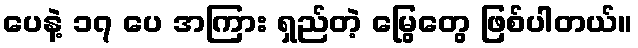
ပေနဲ့ ၁၇ ပေ အကြား ရှည်တဲ့ မြွေတွေ ဖြစ်ပါတယ်။